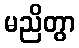
မညိတွာ